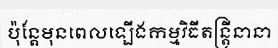
ប៉ុន្តែមុនពេលឡើងកម្មវិធីតន្ត្រីនានា